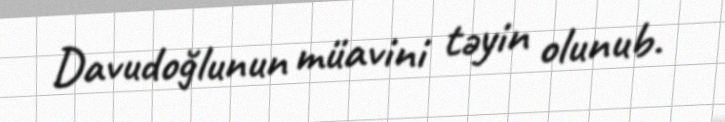
Davudoğlunun müavini təyin olunub.